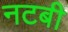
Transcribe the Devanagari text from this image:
नटबी